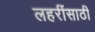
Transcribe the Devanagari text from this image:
लहरींसाठी